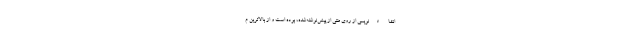
انشاءنویسی از روی متنی از پیش‌نوشته‌شده، بوده است و از بالاترین م